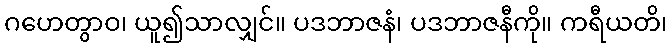
ဂဟေတွာဝ၊ ယူ၍သာလျှင်။ ပဒဘာဇနံ၊ ပဒဘာဇနီကို။ ကရီယတိ၊